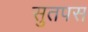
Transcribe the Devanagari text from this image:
सुतपस